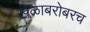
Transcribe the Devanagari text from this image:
खेळाबरोबरच